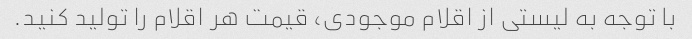
با توجه به لیستی از اقلام موجودی، قیمت هر اقلام را تولید کنید.